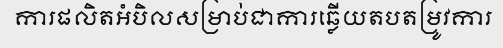
ការផលិតអំបិលសម្រាប់ជាការឆ្លើយតបតម្រូវការ